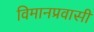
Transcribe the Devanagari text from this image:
विमानप्रवासी